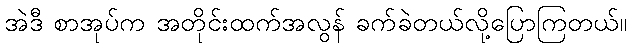
အဲဒီ စာအုပ်က အတိုင်းထက်အလွန် ခက်ခဲတယ်လို့ပြောကြတယ်။